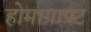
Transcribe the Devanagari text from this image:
होमाग्राफ्ट